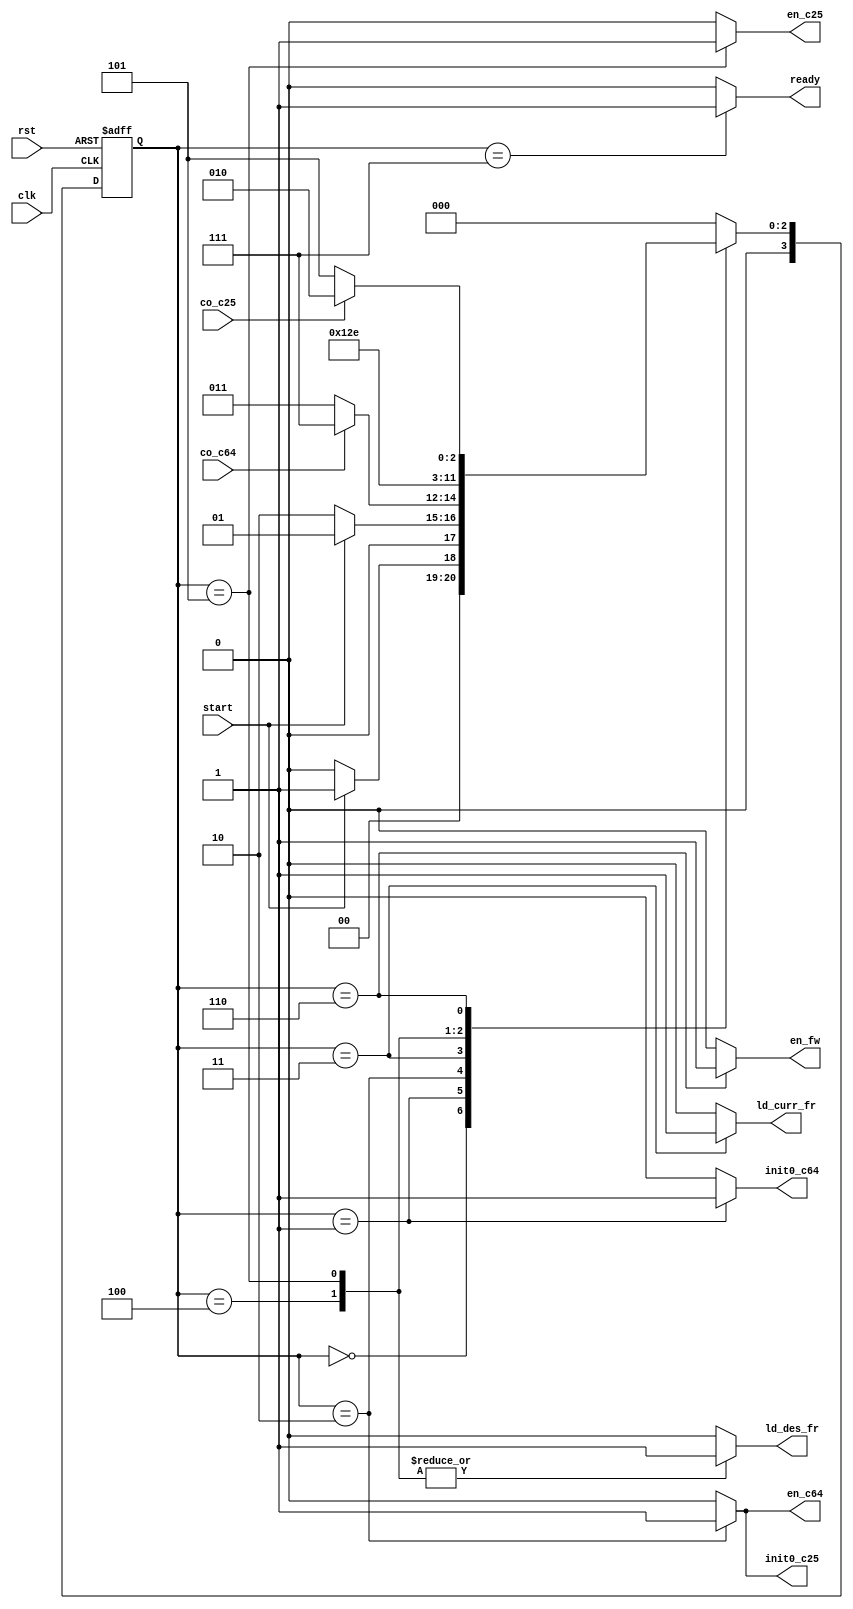
`timescale 1ns/1ns
module rotate_controller(clk, rst, start, co_c64, co_c25, ld_curr_fr, ld_des_fr, en_fw, init0_c64, init0_c25, en_c64, en_c25, ready);
  
  input clk;
  input rst;
  input start;
  input co_c64;
  input co_c25;
  output reg ld_curr_fr;
  output reg ld_des_fr;
  output reg en_fw;
  output reg init0_c64;
  output reg init0_c25;
  output reg en_c64;
  output reg en_c25;
  output reg ready;
					
	reg [3:0] ps, ns;
	parameter [3:0] 
	Idling = 0, Sting = 1, Init = 2, Rding1 = 3, Rding2 = 4, rotate_cal1 = 5, rotate_cal2 = 6, Done = 7;
	always@(ps, start, co_c64, co_c25) begin
		ns = Idling;
		{ld_curr_fr, ld_des_fr, en_fw, init0_c64, init0_c25, en_c64, en_c25, ready} = 9'b0;
			case(ps)
				Idling: begin ns = (start) ? Sting : Idling; end
				Sting: begin ns = (~start) ? Init : Sting; init0_c64 = 1; end
				Init: begin ns = (~co_c64) ? Rding1 : Done; en_c64 = 1; init0_c25 = 1; end
				Rding1: begin ns = Rding2; ld_curr_fr = 1; end
				Rding2: begin ns = rotate_cal1; ld_des_fr = 1; end
			    rotate_cal1: begin ns = rotate_cal2; ld_des_fr = 1; en_c25 = 1; end
				rotate_cal2: begin ns = (~co_c25) ? rotate_cal1 : Init; en_fw = 1; end
				Done: begin ns = Idling; ready = 1; end
				default: ns = Idling;
			endcase
	end
	
	always@(posedge clk, posedge rst) begin
		if (rst) ps <= Idling;
		else ps <= ns;
	end
	
endmodule